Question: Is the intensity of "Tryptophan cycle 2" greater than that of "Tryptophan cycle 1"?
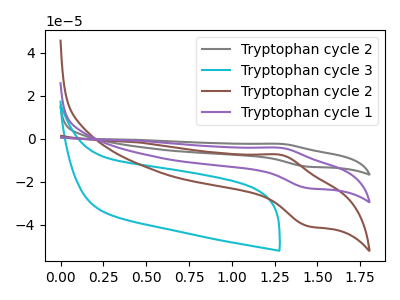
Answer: <think>The gray curve "Tryptophan cycle 2" has an anodic peak at (1.30V, -8.50uA) and a cathodic peak at (1.45V, -46.05uA). The cyan curve "Tryptophan cycle 3" has no peaks. The brown curve "Tryptophan cycle 2" has an anodic peak at (1.30V, -7.50uA) and a cathodic peak at (1.45V, -40.70uA). The purple curve "Tryptophan cycle 1" has an anodic peak at (1.30V, -4.25uA) and a cathodic peak at (1.45V, -23.05uA).
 All the peaks in "Tryptophan cycle 2" have a peak in "Tryptophan cycle 1" at the same potential.</think>
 <answer>I cant tell if "Tryptophan cycle 2" or "Tryptophan cycle 1" has more signal.</answer>
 <eval>mixed_signal</eval>